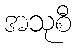
အသုစီ